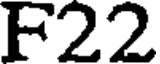
F22